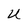
Character: U